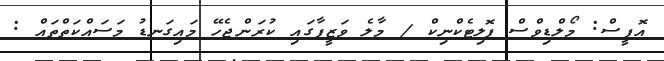
އޮފީސް: މޯލްޑިވްސް ޕޮލިޓެކްނިކް / މާލެ ވަޒީފާގައި ކުރަންޖެހޭ މައިގަނޑު މަސައްކަތްތައް :